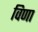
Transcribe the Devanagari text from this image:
विणा